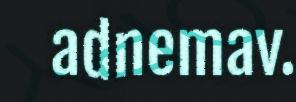
adnemav.